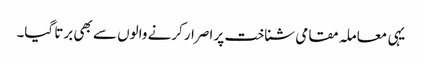
یہی معاملہ مقامی شناخت پر اصرار کرنے والوں سے بھی برتا گیا۔